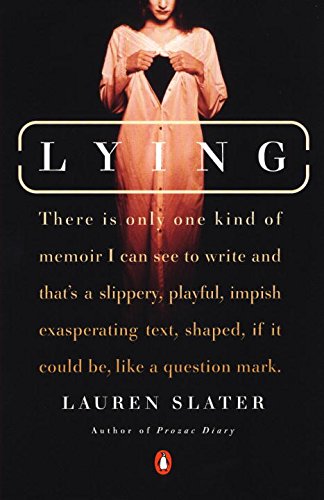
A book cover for Lying: A Metaphorical Memoir; Lauren Slater; Health, Fitness & Dieting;